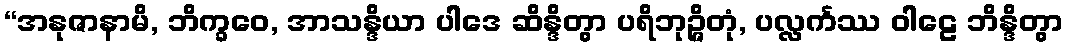
“အနုဇာနာမိ, ဘိက္ခဝေ, အာသန္ဒိယာ ပါဒေ ဆိန္ဒိတွာ ပရိဘုဉ္ဇိတုံ, ပလ္လင်္ကဿ ဝါဠေ ဘိန္ဒိတွာ